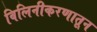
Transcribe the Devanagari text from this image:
विलिनीकरणातून